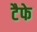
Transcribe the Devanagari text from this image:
टैफे